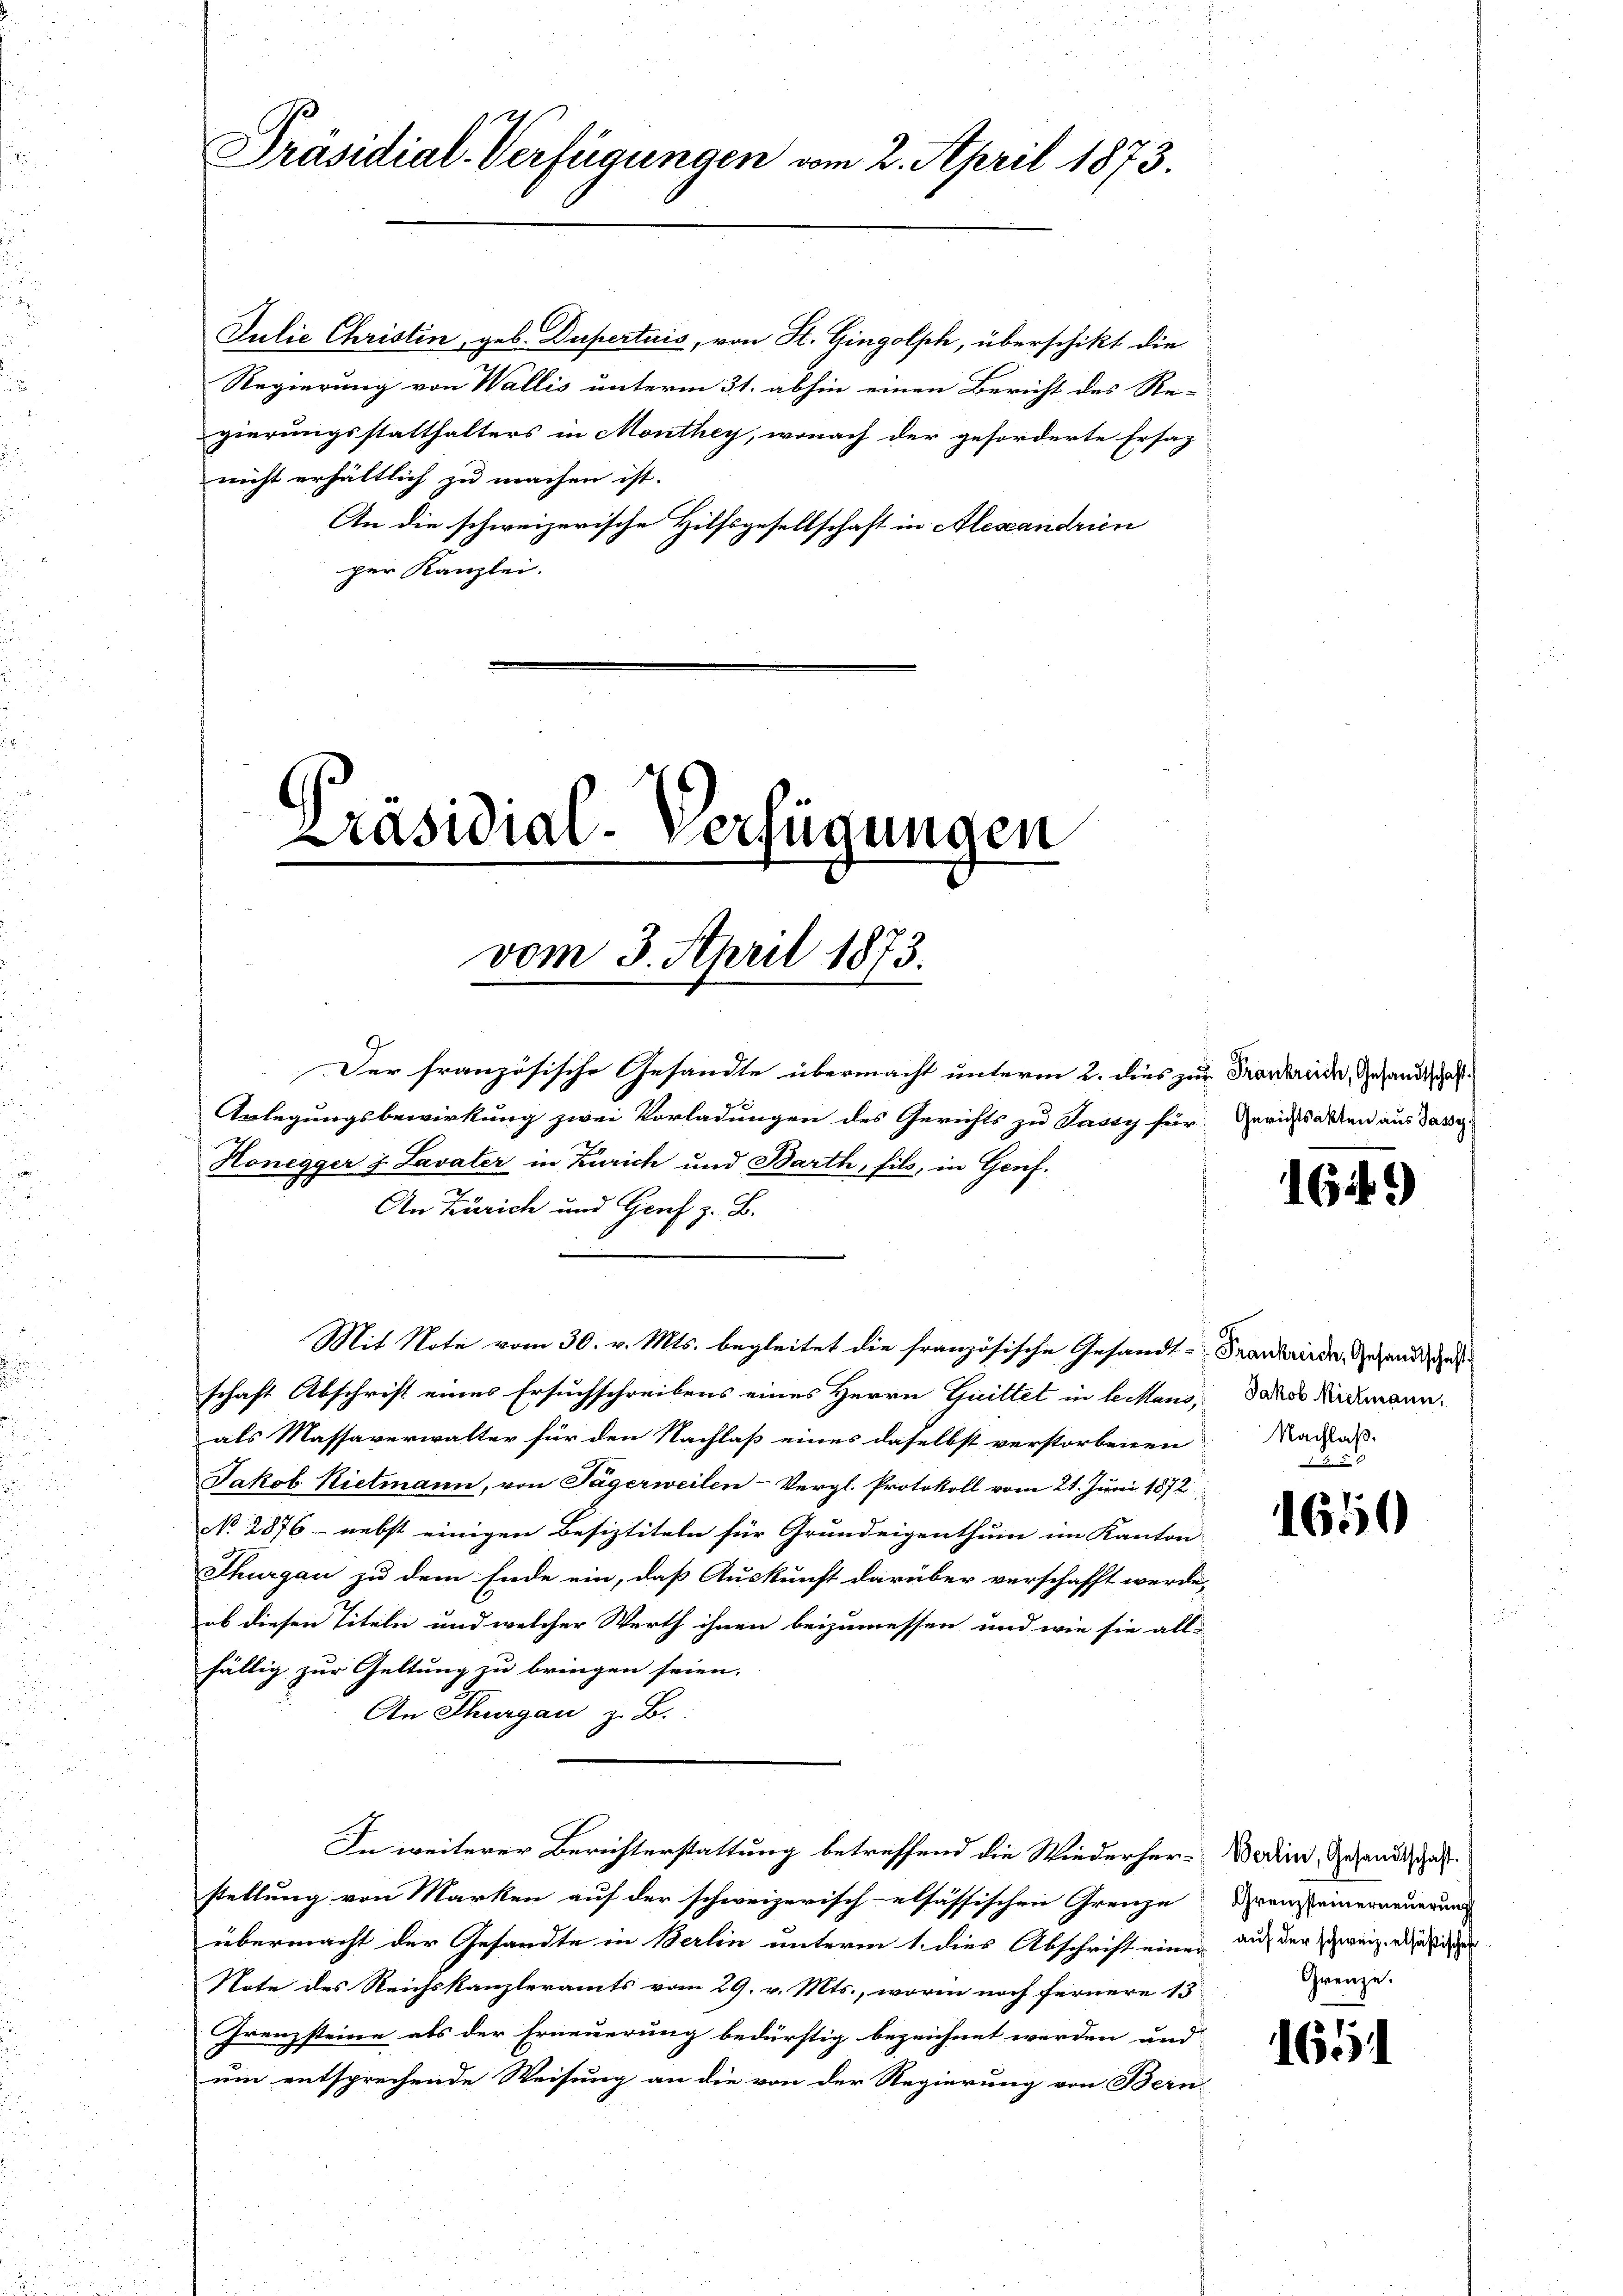
Präsidial-Verfügungen vom 2. April 1873.

Julie Christin, geb. Dupertuis, von St. Gingolph, überschikt die
Regierung von Wallis unterm 31. abhin einen Bericht des Re-
gierungsstatthalters in Monthey, wonach der geforderte Ersatz
nicht erhältlich zu machen ist.
An die schweizerische Hilfsgesellschaft in Alescandrien
per Kanzlei.

Präsidial-Verfügungen
vom 3. April 1873.

Der französische Gesandte übermacht unterm 2. dies zur Frankreide, Gesandtschaft¬
Anlegungsbewirkung zwei Vorladungen des Gerichts zu Jassy für Gerichtsalten aus dasse
Honegger J. Lavater in Zürich und Barth, fils, in Genf.
An Zürich und Graf z. B.
Mit Note vom 30. v. Mts. begleitet die französische Gesandt-Frankreide Gegende
schaft Abschrift eines Ersuchschreibens eines Herrn Quittet in le Mans Jakob Kirchmann,
als Massaverwalter für den Nachlaß eines daselbst verstorbenen Nadels-
Jakob Rietmann, von Tägerweilen-Vergl. Protokoll vom 21. Juni 1872
No 2876 - nebst einigen Besiztiteln für Grundeigenthum im Kanton
Thurgau zu dem Ende ein, daß Auskunft darüber verschafft werde,
ob diesen Titeln und welcher Werth ihnen beizumessen und wie sie all-
fällig zur Geltung zu bringen seien.
An Thurgau, z. B.
In weiterer Berichterstattung betreffend die Wiederher-Boden, Gesandtschaft
stellung von Marken auf der schweizerischelsässischen Grenze Diensteinerneuerung
übermacht der Gesandte in Berlin unterm 1. dies Abschrift einen auf der zweiz. aus de
Note des Reichskanzleramts vom 29. v. Mts., worin noch fernere 13
Grenzsteine als der Erneuerung bedürftig bezeichnet werden und
um entsprechende Weisung an die von der Regierung von Bern-

1649)

1650

Grenze.

165